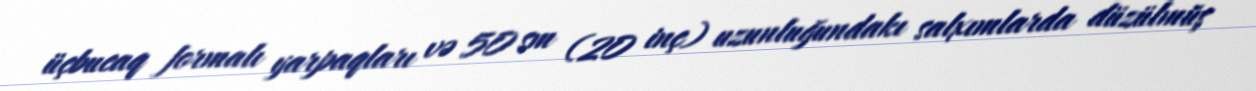
üçbucaq formalı yarpaqları və 50 sm (20 inç) uzunluğundakı salxımlarda düzülmüş